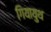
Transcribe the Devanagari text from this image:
गियायुथ